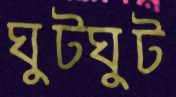
ঘুটঘুট